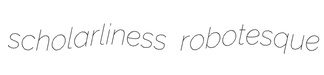
scholarliness robotesque